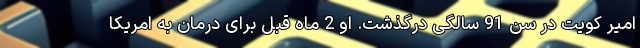
امیر کویت در سن 91 سالگی درگذشت. او 2 ماه قبل برای درمان به امریکا